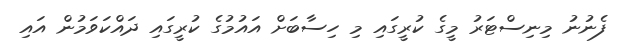
ފެނުނު މިނިސްޓަރު މީގެ ކުރީގައި މި ހިސާބަށް އައުމުގެ ކުރީގައި ދައްކަވަމުން އައި